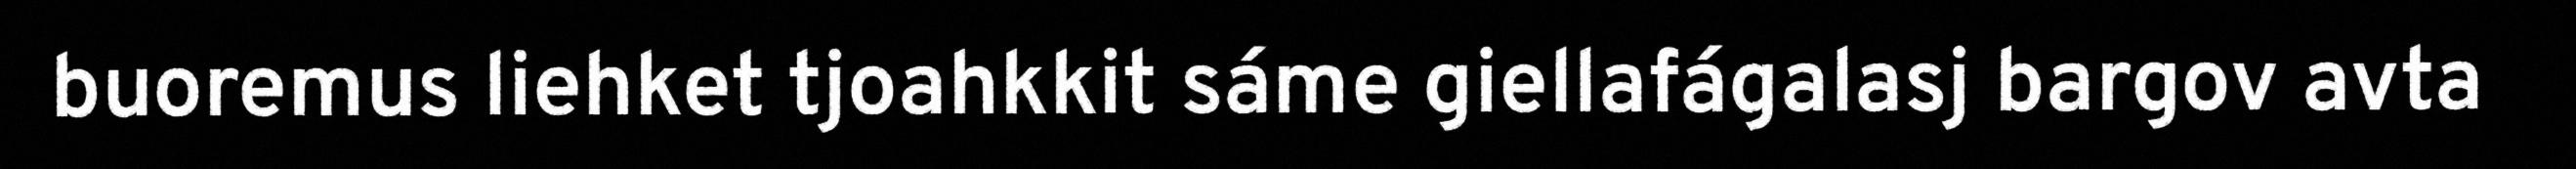
buoremus liehket tjoahkkit sáme giellafágalasj bargov avta